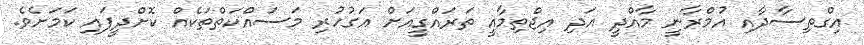
އިގްތިސާދާއި އުމްރާނީ މާއްދީ އަދި އިޖްތިމާއީ ތަރައްގީއަށް އަގުހުރި މަސައްކަތްތަކެއް ކޮށްދީފައި ކަމަށެވެ.